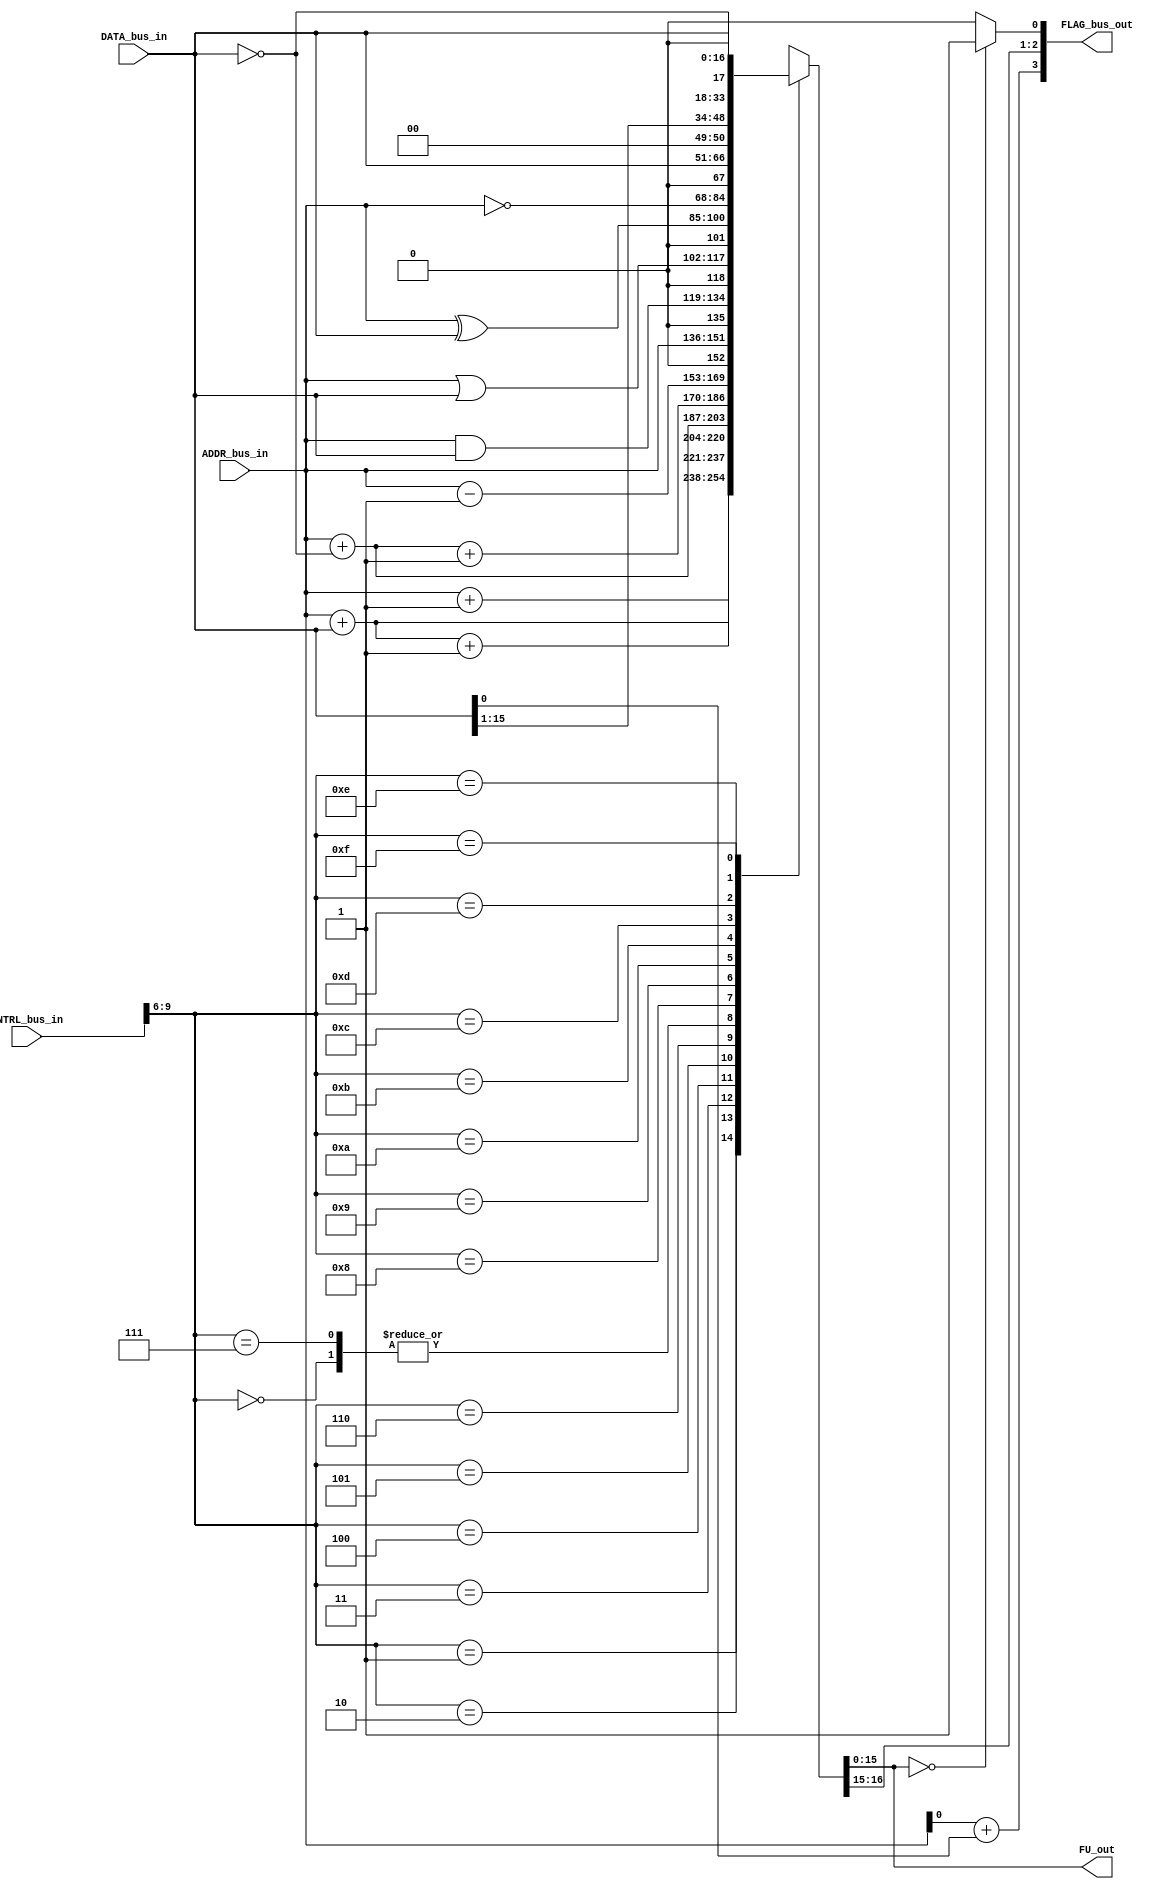
module Computer_Datapath_FunctionUnit(
	output reg [WORD_WIDTH-1:0] FU_out,
	output [FLAG_WIDTH-1:0] FLAG_bus_out,
	input  [WORD_WIDTH-1:0] ADDR_bus_in, DATA_bus_in,
	input [CNTRL_WIDTH-1:0] CNTRL_bus_in
	);

parameter WORD_WIDTH = 16;
parameter DR_WIDTH = 3;
parameter SB_WIDTH = DR_WIDTH;
parameter SA_WIDTH = DR_WIDTH;
parameter OPCODE_WIDTH = 7;
parameter CNTRL_WIDTH = DR_WIDTH+SB_WIDTH+SA_WIDTH+11;
parameter COUNTER_WIDTH = 4;
parameter FS_WIDTH = 4;
parameter FLAG_WIDTH = 4;

wire [FS_WIDTH-1:0] FS = CNTRL_bus_in[9:6];

wire [WORD_WIDTH-2:0] V_temp = ADDR_bus_in[WORD_WIDTH-2:0]+DATA_bus_in[WORD_WIDTH-2:0];
wire V = V_temp[WORD_WIDTH-2:0];
wire N = FU_out[WORD_WIDTH-1];
wire Z = (!FU_out)?1'b1:1'b0;

reg C;

assign FLAG_bus_out = {V, C, N, Z};

always@(*) begin
	case(FS)
		4'b0000: {C, FU_out} = ADDR_bus_in;					// Move A
		4'b0001: {C, FU_out} = ADDR_bus_in+1;					// Increment
		4'b0010: {C, FU_out} = ADDR_bus_in+DATA_bus_in;		// Add
		4'b0011: {C, FU_out} = ADDR_bus_in+DATA_bus_in+1;		// 
		4'b0100: {C, FU_out} = ADDR_bus_in+(~DATA_bus_in);	// 
		4'b0101: {C, FU_out} = ADDR_bus_in+(~DATA_bus_in)+1;	// Subtraction
		4'b0110: {C, FU_out} = ADDR_bus_in-1;					// Decrement
		4'b0111: {C, FU_out} = ADDR_bus_in;					// Move A
		4'b1000: {C, FU_out} = ADDR_bus_in&DATA_bus_in;		// Bitwize and
		4'b1001: {C, FU_out} = ADDR_bus_in|DATA_bus_in;		// Bitwize or
		4'b1010: {C, FU_out} = ADDR_bus_in^DATA_bus_in;		// Bitwize xor
		4'b1011: {C, FU_out} = (~ADDR_bus_in);				// Bitwize Invert
		4'b1100: {C, FU_out} = DATA_bus_in;					// Move B
		4'b1101: {C, FU_out} = (DATA_bus_in>>1);				// Shift Right B
		4'b1110: {C, FU_out} = (DATA_bus_in<<1);				// Shift Left B
		4'b1111: {C, FU_out} = (~DATA_bus_in);				// Ivert B
	endcase
end


endmodule